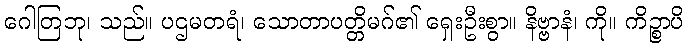
ဂေါတြဘု၊ သည်။ ပဌမတရံ၊ သောတာပတ္တိမဂ်၏ ရှေးဦးစွာ။ နိဗ္ဗာနံ၊ ကို။ ကိဉ္စာပိ